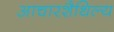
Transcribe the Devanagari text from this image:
आचारशैथिल्य